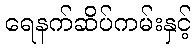
ရေနက်ဆိပ်ကမ်းနှင့်